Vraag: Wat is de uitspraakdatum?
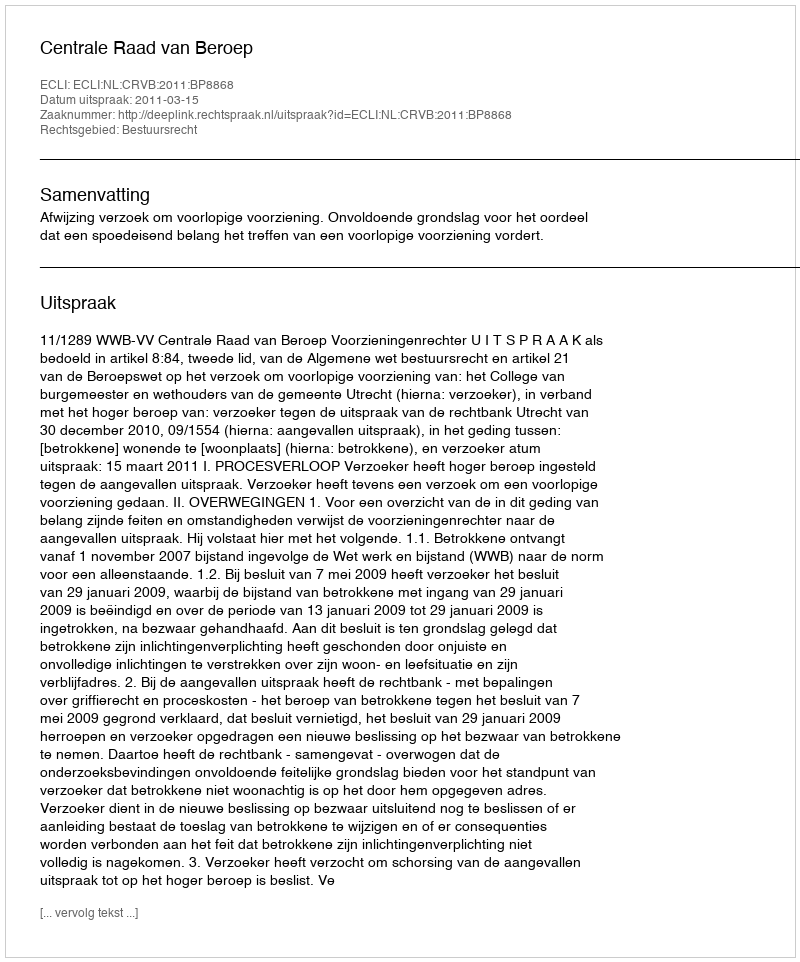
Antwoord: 2011-03-15